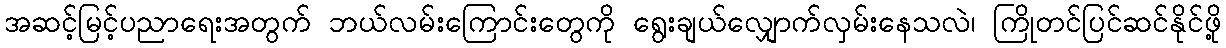
အဆင့်မြင့်ပညာရေးအတွက် ဘယ်လမ်းကြောင်းတွေကို ရွေးချယ်လျှောက်လှမ်းနေသလဲ၊ ကြိုတင်ပြင်ဆင်နိုင်ဖို့